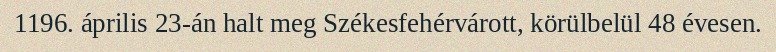
1196. április 23-án halt meg Székesfehérvárott, körülbelül 48 évesen.